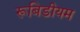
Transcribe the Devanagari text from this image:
रूबिडीयम